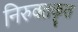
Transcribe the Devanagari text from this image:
निरुक्तकृत